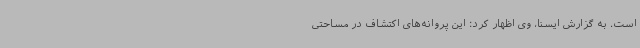
است. به گزارش ایسنا، وی اظهار کرد: این پروانه‌های اکتشاف در مساحتی